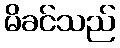
မိခင်သည်